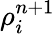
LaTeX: \rho_{i}^{n+1}